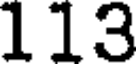
113